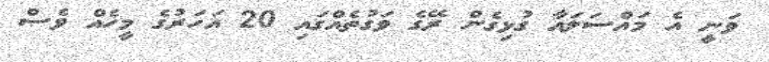
ވަނީ އެ މައްސަލައާ ގުޅިގެން ރޭގެ ވަގުތެއްގައި 20 އަހަރުގެ މީހެއް ވެސް